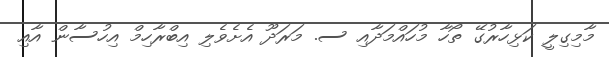
މާމިގިލީ ކަޅިހާރުގޭ ތޯހާ މުހައްމަދާއި ސ. މަރަދޫ އެށެވެލި އިބްރާހިމް އިހުސާން އާއި